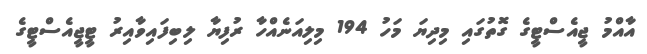
އާއްމު ޖީއެސްޓީގެ ގޮތުގައި މިދިޔަ މަހު 194 މިލިއަނެއްހާ ރުފިޔާ ލިބިފައިވާއިރު ޓީޖީއެސްޓީގެ